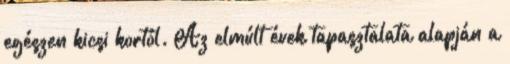
egészen kicsi kortól. Az elmúlt évek tapasztalata alapján a